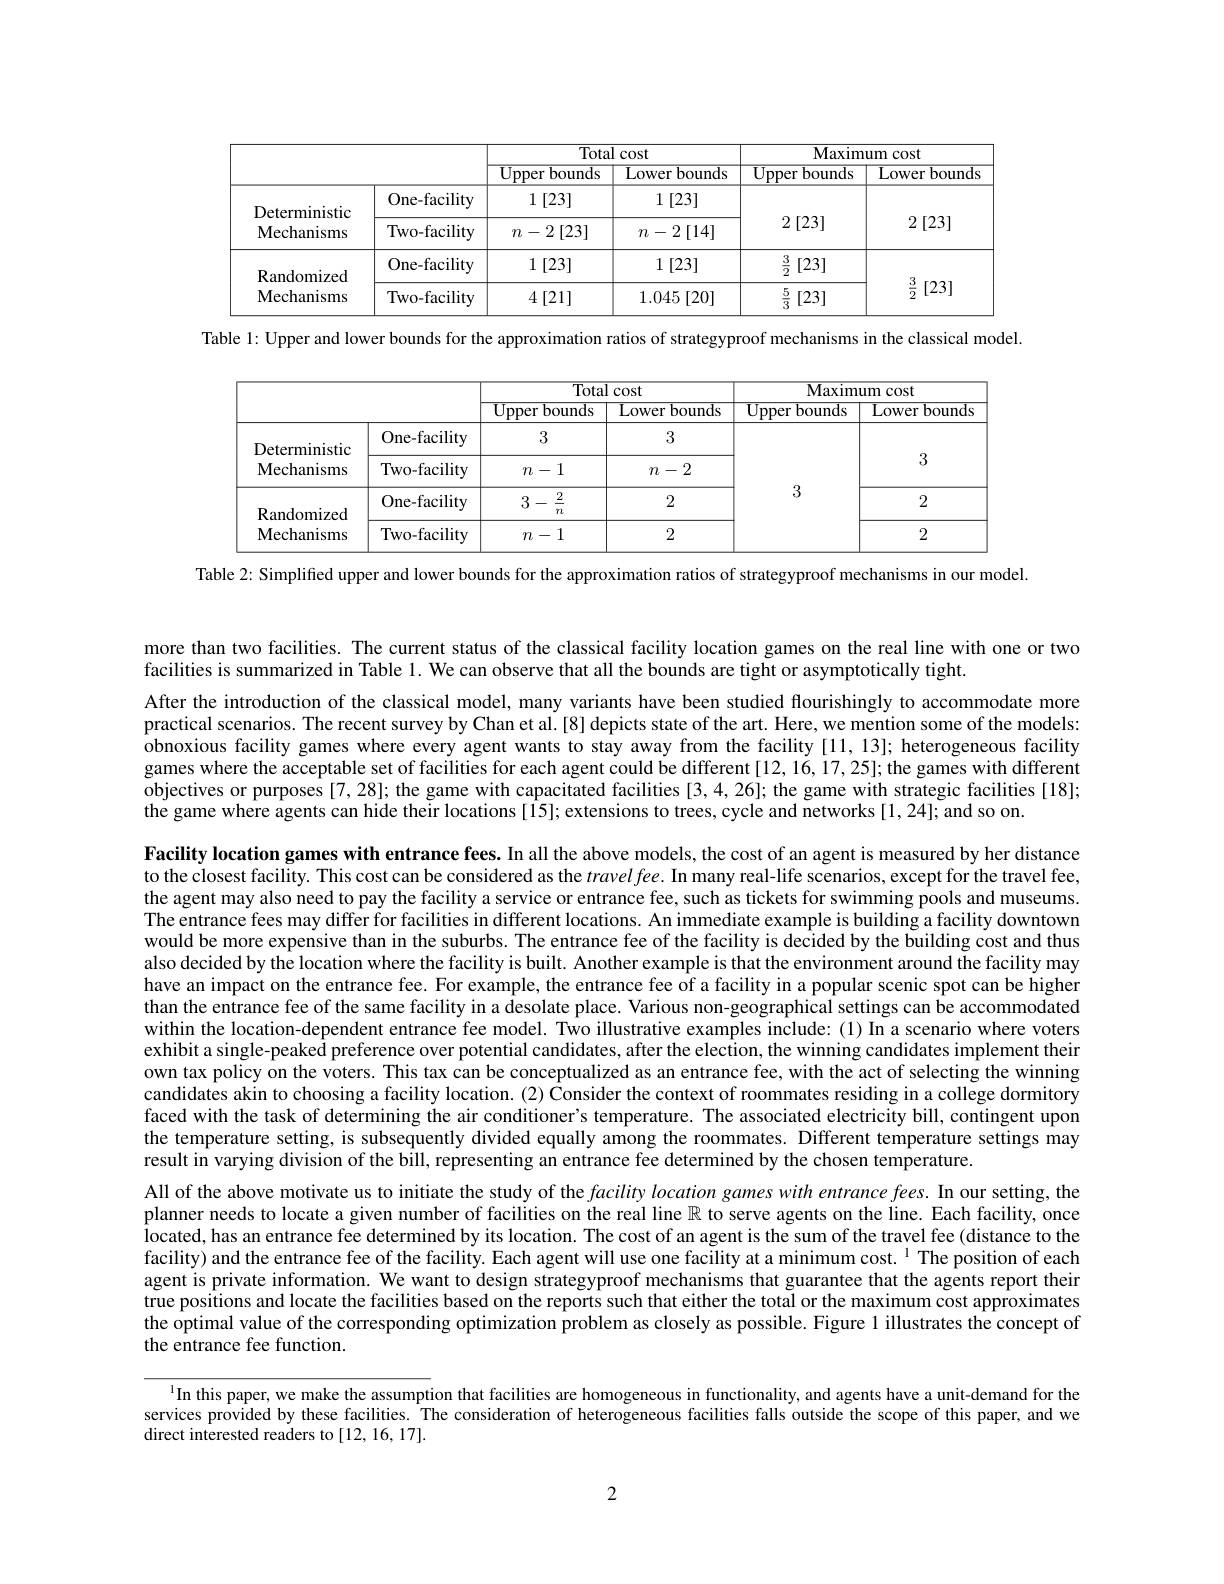
<table>
	<tbody>
		<tr>
			<th> </th>
			<th> </th>
			<th colspan="2">Total cost</th>
			<th colspan="2">Maximum cost</th>
		</tr>
		<tr>
			<th> </th>
			<th> </th>
			<th>$\mathbf{Upper}$ bounds ·</th>
			<th>$\operatorname{Lowerb}$ bounds</th>
			<th>Upper bounds</th>
			<th>Lower bounds</th>
		</tr>
		<tr>
			<td rowspan="2">Deterministic Mechanisms</td>
			<td>One-facility</td>
			<td>1 [23]</td>
			<td>1 [23]</td>
			<td rowspan="2">2 [23]</td>
			<td rowspan="2">2 [23]</td>
		</tr>
		<tr>
			<td>Two-facility</td>
			<td>$n-2\left[23\right]$</td>
			<td>$n-2\left[14\right]$</td>
		</tr>
		<tr>
			<td rowspan="2">Randomized Mechanisms</td>
			<td>One-facility</td>
			<td>1 [23]</td>
			<td>1 [23]</td>
			<td>$\frac{3}{2}$ [23]</td>
			<td rowspan="2">$\frac{3}{2}$ [23]</td>
		</tr>
		<tr>
			<td>Two-facility</td>
			<td>$4\left[21\right]$</td>
			<td>1.045 [20]</td>
			<td>$\frac{5}{3}$ [23]</td>
		</tr>
	</tbody>
</table>

Table 1: Upper and lower bounds for the approximation ratios of strategyproof mechanisms in the classical model.

<table>
	<tbody>
		<tr>
			<th> </th>
			<th> </th>
			<th colspan="2">Total cost</th>
			<th colspan="2">Maximum cost</th>
		</tr>
		<tr>
			<th> </th>
			<th> </th>
			<th>${\mathrm{Upper~bounds}}$</th>
			<th>Lower bounds</th>
			<th>$\mathbf{Upperbounds}$</th>
			<th>Lower bounds</th>
		</tr>
		<tr>
			<td rowspan="2">Deterministic Mechanisms</td>
			<td>One-facility</td>
			<td>3</td>
			<td>3</td>
			<td rowspan="4">3</td>
			<td> </td>
		</tr>
		<tr>
			<td>Two-facility</td>
			<td>$n-1$</td>
			<td>$n-2$</td>
			<td>3</td>
		</tr>
		<tr>
			<td rowspan="2">Randomized Mechanisms</td>
			<td>One-facility</td>
			<td>$\underline{2}$ 3 . - 20 $n$</td>
			<td>2</td>
			<td>2</td>
		</tr>
		<tr>
			<td>Two-facility</td>
			<td>$n-1$</td>
			<td>2</td>
			<td>2</td>
		</tr>
	</tbody>
</table>

Table 2: Simplified upper and lower bounds for the approximation ratios of strategyproof mechanisms in our model.

more than two facilities. The current status of the classical facility location games on the real line with one or two
facilities is summarized in Table 1. We can observe that all the bounds are tight or asymptotically tight.
After the introduction of the classical model, many variants have been studied flourishingly to accommodate more practical scenarios. The recent survey by Chan et al.[8] depicts state of the art. Here, we mention some of the models: obnoxious facility games where every agent wants to stay away from the facility [11,13]; heterogeneous facility games where the acceptable set of facilities for each agent could be different [12, 16, 17, 25]; the games with different objectives or purposes [7,28]; the game with capacitated facilities [3,4,26]; the game with strategic facilities [18]; the game where agents can hide their locations [15]; extensions to trees, cycle and networks [1,24]; and so on.

Facility location games with entrance fees. In all the above models, the cost of an agent is measured by her distance to the closest facility. This cost can be considered as the $travel\textit{fee. In many real- life scenarios, except for the travel fee, }$ the agent may also need to pay the facility a service or entrance fee, such as tickets for swimming pools and museums. The entrance fees may differ for facilities in different locations. An immediate example is building a facility downtown would be more expensive than in the suburbs. The entrance fee of the facility is decided by the building cost and thus also decided by the location where the facility is built. Another example is that the environment around the facility may have an impact on the entrance fee. For example, the entrance fee of a facility in a popular scenic spot can be higher than the entrance fee of the same facility in a desolate place. Various non-geographical settings can be accommodated within the location-dependent entrance fee model. Two illustrative examples include: (1) In a scenario where voters exhibit a single-peaked preference over potential candidates, after the election, the winning candidates implement their own tax policy on the voters. This tax can be conceptualized as an entrance fee, with the act of selecting the winning candidates akin to choosing a facility location. (2) Consider the context of roommates residing in a college dormitory faced with the task of determining the air conditioner's temperature. The associated electricity bill, contingent upon the temperature setting, is subsequently divided equally among the roommates. Different temperature settings may result in varying division of the bill, representing an entrance fee determined by the chosen temperature.
All of the above motivate us to initiate the study of the facility location games with entrance fees. In our setting, the planner needs to locate a given number of facilities on the real line $\mathbb{R}$ to serve agents on the line. Each facility, once located, has an entrance fee determined by its location. The cost of an agent is the sum of the travel fee (distance to the facility) and the entrance fee of the facility. Each agent will use one facility at a minimum cost. $^{1}$ The position of each agent is private information. We want to design strategyproof mechanisms that guarantee that the agents report their true positions and locate the facilities based on the reports such that either the total or the maximum cost approximates

the optimal value of the corresponding optimization problem as closely as possible. Figure 1 illustrates the concept of
the entrance fee function.

In this paper, we make the assumption that facilities are homogeneous in functionality, and agents have a unit-demand for the services provided by these facilities. The consideration of heterogeneous facilities falls outside the scope of this paper, and we direct interested readers to [12, 16, 17].

2